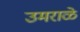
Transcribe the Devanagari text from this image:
उमराळे